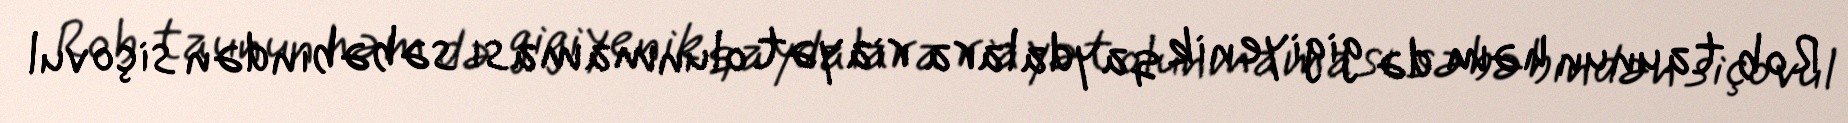
Rob taunun həm də gigiyenik qaydalara riayət olunmaması səbəbindən siçovul